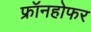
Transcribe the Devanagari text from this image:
फ्रॉनहोफर